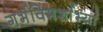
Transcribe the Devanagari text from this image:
गर्भविमर्शाभ्यां